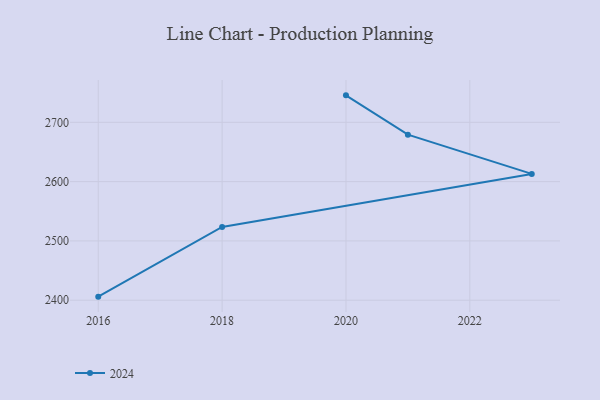
{"axis": {"x": "Year", "y": "Population (Million)"}, "legend": ["2024"], "data": [{"x": "2020", "y": 2745.5, "type": "2024"}, {"x": "2021", "y": 2679.2, "type": "2024"}, {"x": "2023", "y": 2613.0, "type": "2024"}, {"x": "2018", "y": 2523.6, "type": "2024"}, {"x": "2016", "y": 2406.0, "type": "2024"}]}